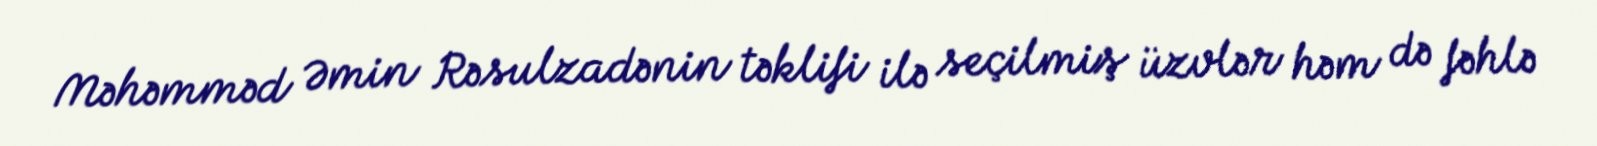
Məhəmməd Əmin Rəsulzadənin təklifi ilə seçilmiş üzvlər həm də fəhlə